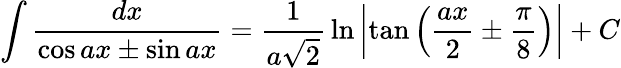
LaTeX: \int{\frac{dx}{\cos ax\pm\sin ax}}={\frac{1}{a{\sqrt{2}}}}\ln\left|\tan\left({\frac{ax}{2}}\pm{\frac{\pi}{8}}\right)\right|+C